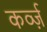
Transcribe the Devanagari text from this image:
कर्व्ज़